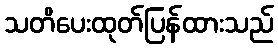
သတိပေးထုတ်ပြန်ထားသည်